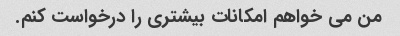
من می خواهم امکانات بیشتری را درخواست کنم.